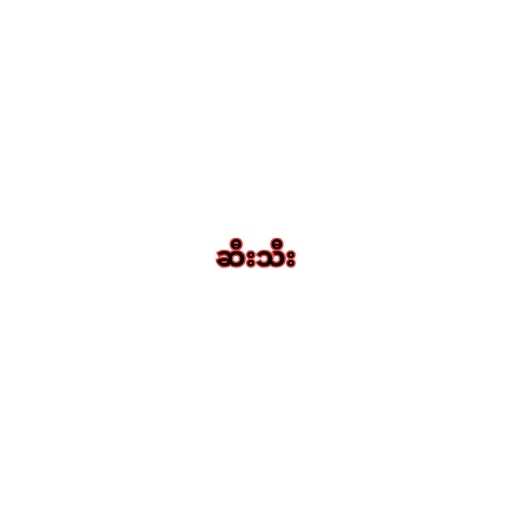
ဆီးသီး